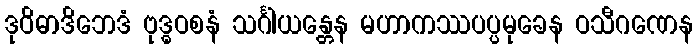
ဒုဝိဓာဒိဘေဒံ ဗုဒ္ဓဝစနံ သင်္ဂါယန္တေန မဟာကဿပပ္ပမုခေန ဝသီဂဏေန